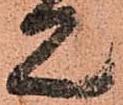
見